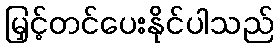
မြှင့်တင်ပေးနိုင်ပါသည်